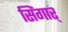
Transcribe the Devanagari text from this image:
सिंगार्